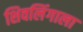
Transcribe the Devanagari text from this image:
शिवलिंगाला